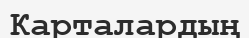
Карталардың